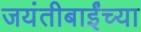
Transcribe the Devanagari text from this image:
जयंतीबाईंच्या